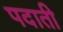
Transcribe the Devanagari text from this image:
पदाती